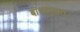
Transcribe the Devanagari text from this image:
बाधायुक्त।